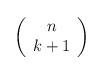
LaTeX: \begin{align*}\left( \begin{array}{c}n \\k+1\end{array} \right)\end{align*}